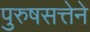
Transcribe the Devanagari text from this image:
पुरुषसत्तेने